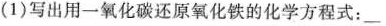
(1)写出用一氧化碳还原氧化铁的化学方程式：___